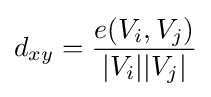
d_{xy}={\frac {e(V_{i},V_{j})}{|V_{i}||V_{j}|}}